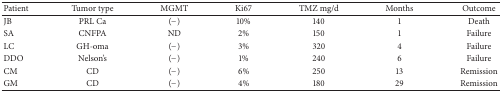
<table><thead><tr><td><b>Patient</b></td><td><b>Tumor type</b></td><td><b>MGMT</b></td><td><b>Ki67</b></td><td><b>TMZ mg/d</b></td><td><b>Months</b></td><td><b>Outcome</b></td></tr></thead><tbody><tr><td>JB</td><td>PRL Ca</td><td>(−)</td><td>10%</td><td>140</td><td>1</td><td>Death</td></tr><tr><td>SA</td><td>CNFPA</td><td>ND</td><td>2%</td><td>150</td><td>1</td><td>Failure</td></tr><tr><td>LC</td><td>GH-oma</td><td>(−)</td><td>3%</td><td>320</td><td>4</td><td>Failure</td></tr><tr><td>DDO</td><td>Nelson&#x27;s</td><td>(−)</td><td>1%</td><td>240</td><td>6</td><td>Failure</td></tr><tr><td>CM</td><td>CD</td><td>(−)</td><td>6%</td><td>250</td><td>13</td><td>Remission</td></tr><tr><td>GM</td><td>CD</td><td>(−)</td><td>4%</td><td>180</td><td>29</td><td>Remission</td></tr></tbody></table>